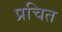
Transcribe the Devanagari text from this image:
प्रचित